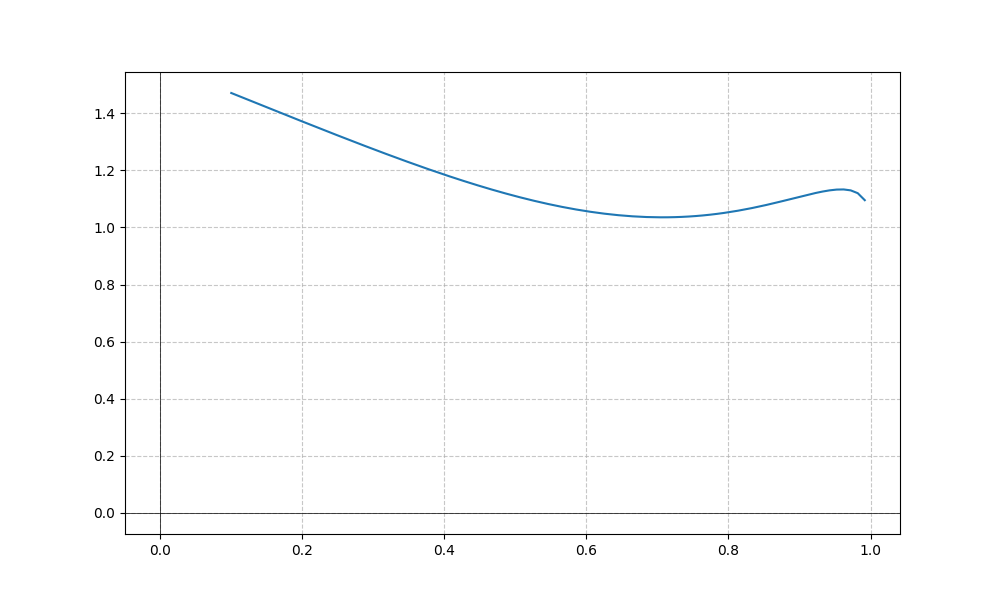
LaTeX formula: x^{4} + \operatorname{acos}{\left(x \right)}